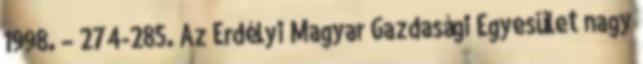
1998. – 274-285. Az Erdélyi Magyar Gazdasági Egyesület nagy